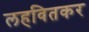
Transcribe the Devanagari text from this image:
लहवितकर